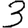
Digit: 3